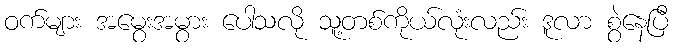
ဝက်များ အမွေးအမွား ပေါသလို သူ့တစ်ကိုယ်လုံးလည်း ဒူလာ စွဲနေပြီ